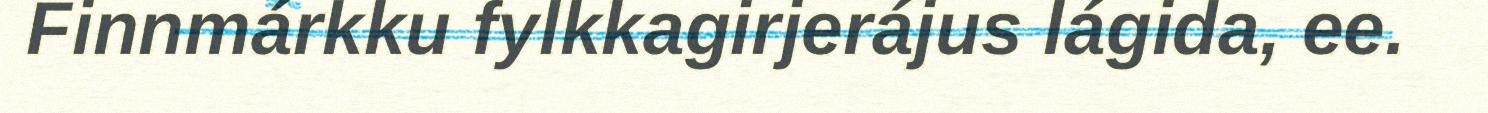
Finnmárkku fylkkagirjerájus lágida, ee.